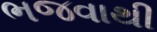
ભજવાથી